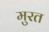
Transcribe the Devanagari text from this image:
मुरत